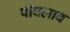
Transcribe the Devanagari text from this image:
पॉवलाव